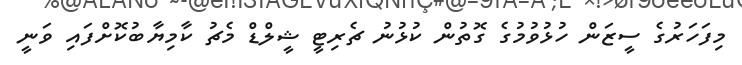
މިފަހަރުގެ ސީޒަން ހުޅުވުމުގެ ގޮތުން ކުޅުނު ޗެރިޓީ ޝީލްޑް މެޗު ކާމިޔާބުކޮށްފައި ވަނީ